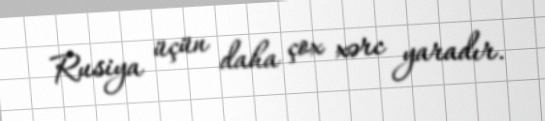
Rusiya üçün daha çox xərc yaradır.